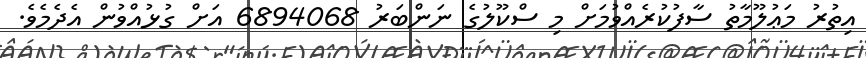
އިތުރު މަޢުލޫމާތު ސާފުކުރެއްވުމަށް މި ސްކޫލުގެ ނަންބަރު 6894068 އަށް ގުޅުއްވުން އެދެމެވެ.